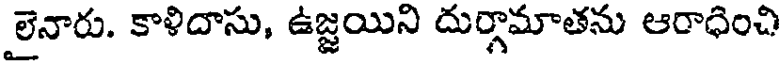
లైనారు. కాళిదాసు, ఉజ్ఞయిని దుర్గామాతను ఆరాధించి